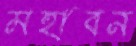
মহাবন